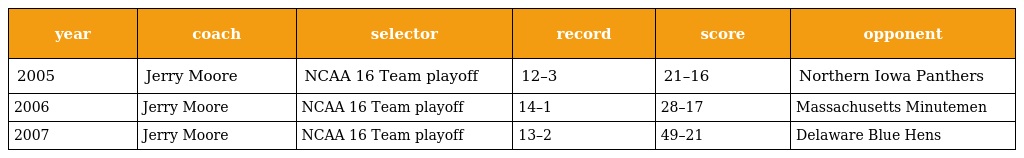
| year | coach | selector | record | score | opponent |
 | --- | --- | --- | --- | --- | --- |
 | 2005 | Jerry Moore | NCAA 16 Team playoff | 12–3 | 21–16 | Northern Iowa Panthers |
 | 2006 | Jerry Moore | NCAA 16 Team playoff | 14–1 | 28–17 | Massachusetts Minutemen |
 | 2007 | Jerry Moore | NCAA 16 Team playoff | 13–2 | 49–21 | Delaware Blue Hens |